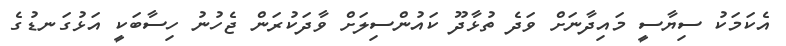
އެކަމަކު ސިޔާސީ މައިދާނަށް ވަދެ ތުޅާދޫ ކައުންސިލަށް ވާދަކުރަން ޖެހުނު ހިސާބަކީ އަޅުގަނޑުގެ